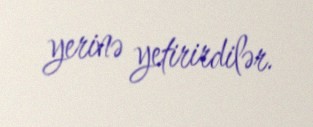
yerinə yetirirdilər.